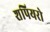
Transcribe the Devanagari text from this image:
शपियरो